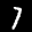
Label: 7